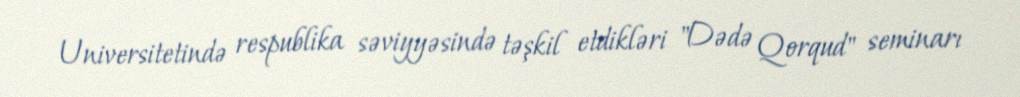
Universitetində respublika səviyyəsində təşkil etdikləri "Dədə Qorqud" seminarı